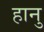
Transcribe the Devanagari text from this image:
हानु